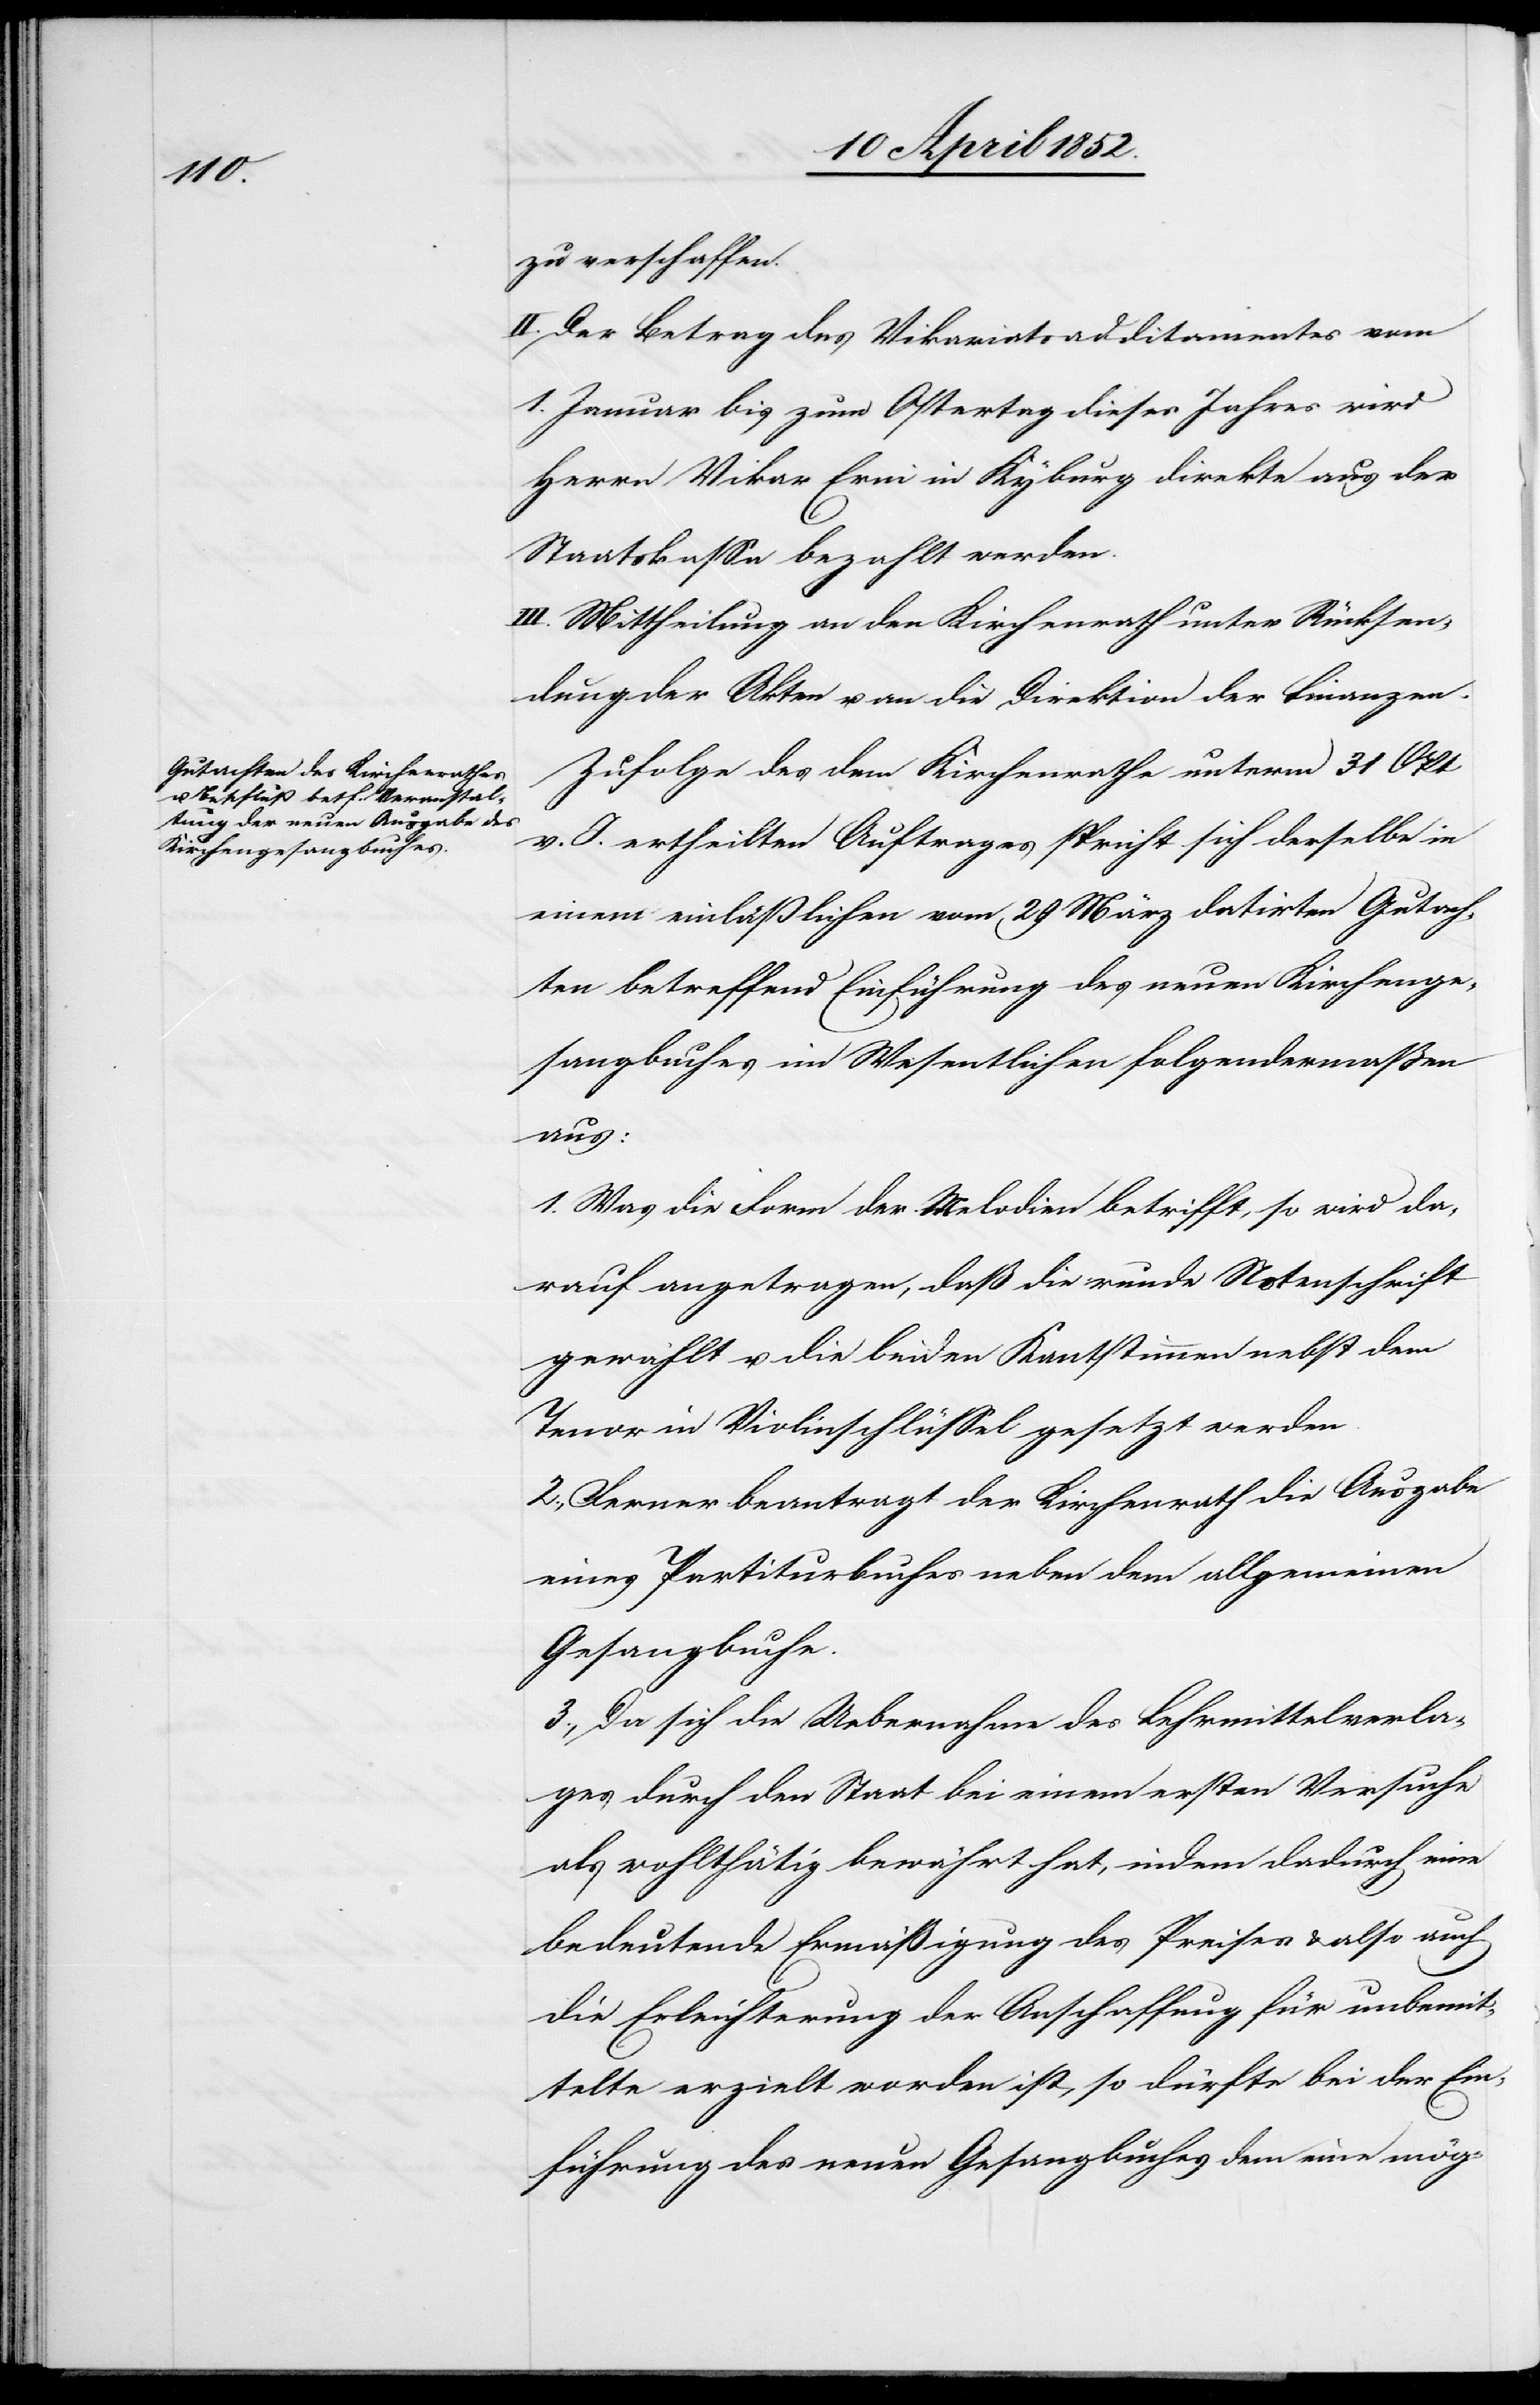
zu verschaffen.
II. Der Betrag des Vikariatsadditamentes vom
1. Januar bis zum Ostertag dieses Jahres wird
Herrn Vikar Erni in Kyburg direkte aus der
Staatskassa bezahlt werden.
III. Mittheilung an den Kirchenrath unter Rücksen¬
dung der Akten u. an die Direktion der Finanzen.
Zufolge des dem Kirchenrathe unterm 31 Okt
v. J. ertheilten Auftrages spricht sich derselbe in
einem einläßlichen vom 29 März datirten Gutach¬
ten betreffend Einführung des neuen Kirchenge¬
sangbuches im Wesentlichen folgendermaßen
aus:
1. Was die Form der Melodien betrifft, so wird da¬
rauf angetragen, daß die runde Notenschrift
gewählt u. die beiden Kantstimmen nebst dem
Tenor in Violinschlüssel gesetzt werden.
2., Ferner beantragt der Kirchenrath die Ausgabe
eines Partiturbuches neben dem allgemeinen
Gesangbuche.
3., Da sich die Uebernahme des Lehrmittelverla¬
ges durch den Staat bei einem ersten Versuche
als wohlthätig bewährt hat, indem dadurch eine
bedeutende Ermäßigung des Preises & also auch
die Erleichterung der Anschaffung für unbemit¬
telte erzielt worden ist, so dürfte bei der Ein¬
führung des neuen Gesangbuches dem eine mög-